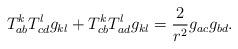
LaTeX: \begin{align*}T_{ab}^kT_{cd}^lg_{kl}+T_{cb}^kT_{ad}^lg_{kl}=\frac 2{r^2}g_{ac}g_{bd}.\end{align*}